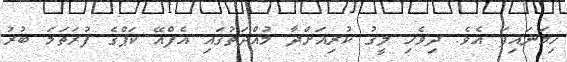
ހިމަނައިފަ އެވެ. ދިވެހި ލީގު ކުރިއަށްދާ މުއްދަތުގައި އެފްއޭ ކަޕްގެ ފުރަތަމަ ބުރު